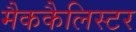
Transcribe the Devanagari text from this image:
मैककैलिस्टर